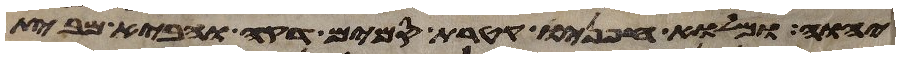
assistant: יהוה ומלוא חפניו קטרת סמים דקה והביא מבית